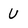
Character: U